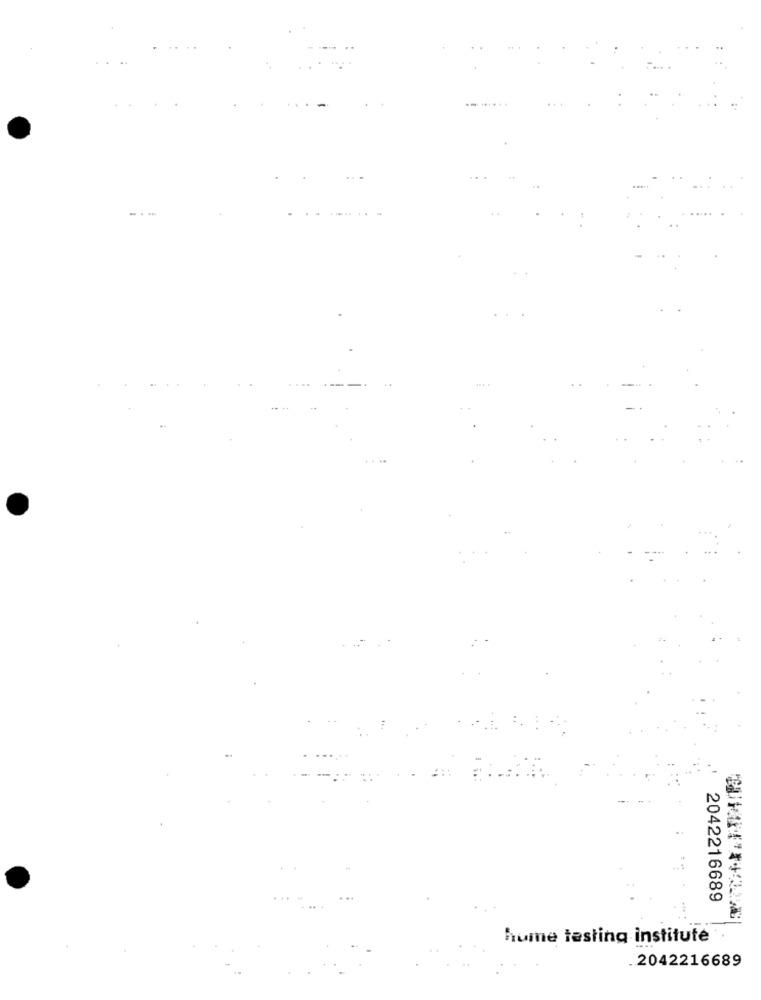
-.-
2042216689
hume testing institute
.2042216689